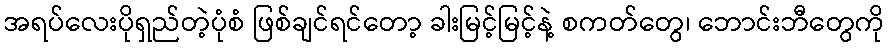
အရပ်လေးပိုရှည်တဲ့ပုံစံ ဖြစ်ချင်ရင်တော့ ခါးမြင့်မြင့်နဲ့ စကတ်တွေ၊ ဘောင်းဘီတွေကို